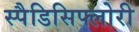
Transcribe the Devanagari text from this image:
स्पैडिसिफ्लोरी